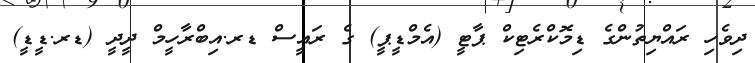
ދިވެހި ރައްޔިތުންގެ ޑިމޮކްރެޓިކް ޕާޓީ (އެމްޑީޕީ) ގެ ރައީސް ޑރ.އިބްރާހީމް ދީދީ (ޑރ.ޑީޑީ)